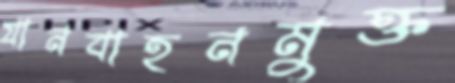
যানবাহনমুক্ত